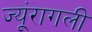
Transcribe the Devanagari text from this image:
ज्यूंरागली